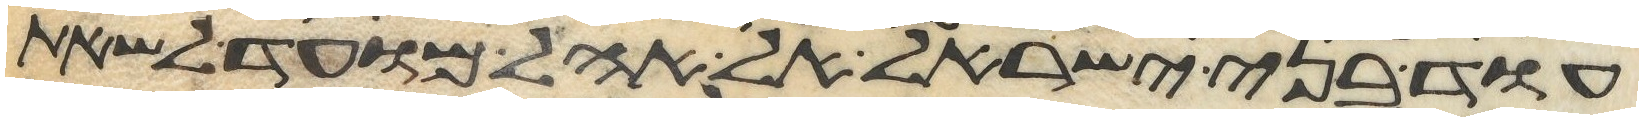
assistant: עוד בני ישראל אל אהל מועד לשאת